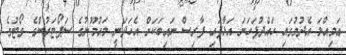
ޢަމިއްލަ އެދުމުގައި ހައްދުފަަަހަނަ އަޅާފައި ފާރިސް ނައިބަކަށް އެހަދަނީ މައުމޫނުގެ ސަޕޯޓަރުންގެ ވޯޓުގެ